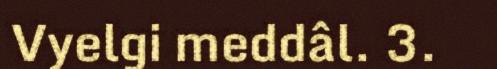
Vyelgi meddâl. 3.